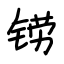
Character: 铹